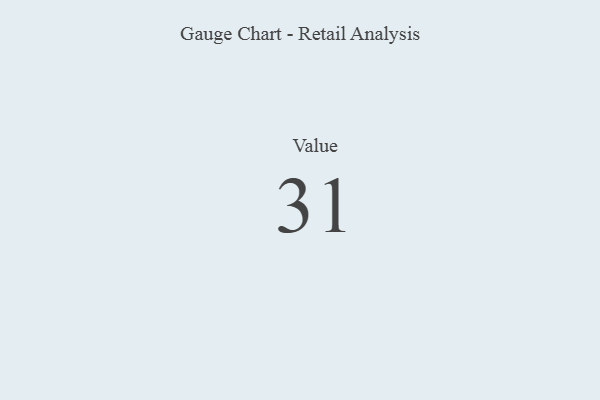
{"axis": {"x": "Metric", "y": "Value"}, "legend": [""], "data": [{"x": "Value", "y": 31, "type": ""}]}